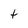
Character: t